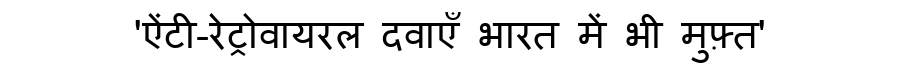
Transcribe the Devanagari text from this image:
'ऐंटी-रेट्रोवायरल दवाएँ भारत में भी मुफ़्त'